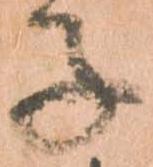
子